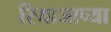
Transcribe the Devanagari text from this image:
रियाजाच्या